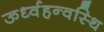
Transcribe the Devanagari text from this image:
ऊर्ध्वहन्वस्थि